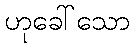
ဟုခေါ်သော